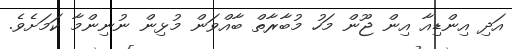
އަދި އިންޑިއާ އިން ޖޫން މަހު މުބާރާތް ބާއްވަން މުޅިން ނުނިންމާ ކަމަށެވެ.